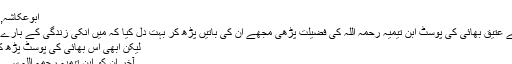
[/font]
ابوعکاشہ, ‏فروری 27, 2009
میں نے کچھ دیر پہلے عتیق بھائی کی پوسٹ ابن تیمیہ رحمہ اللہ کی فضیلت پڑھی مجھے ان کی باتیں پڑھ کر بہت دل کیا کہ میں انکی زندگی کے بارے میں مزید جان سکوں
لیکن ابھی اس بھائی کی پوسٹ پڑھ کر میں ھیران رھ گئی
آخر ان کو ابن تیمیہ رحمہ اللہ سے اتنی نفرت کیوں ہے؟